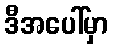
ဒီအပေါ်မှာ